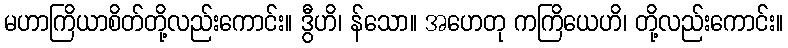
မဟာကြိယာစိတ်တို့လည်းကောင်း။ ဒွီဟိ၊ န်သော။ အဟေတု ကကြိယေဟိ၊ တို့လည်းကောင်း။